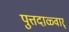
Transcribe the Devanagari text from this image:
पुत्तदाळ्वार्